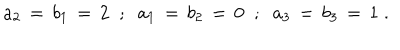
a _ { 2 } \, = \, b _ { 1 } \, = \, 2 \; \; ; \; \; a _ { 1 } \, = \, b _ { 2 } \, = \, 0 \; \; ; \; \; a _ { 3 } \, = \, b _ { 3 } \, = \, 1 \; .